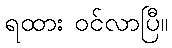
ရထား ဝင်လာပြီ။